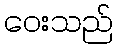
ဝေးသည်